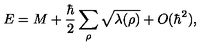
E = M + { \frac { \hbar } { 2 } } \sum _ { \rho } \sqrt { \lambda ( \rho ) } + O ( \hbar ^ { 2 } ) ,